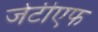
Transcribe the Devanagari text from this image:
जेटीएफ